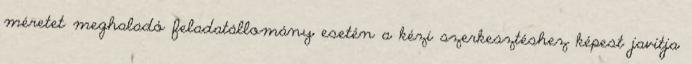
méretet meghaladó feladatállomány esetén a kézi szerkesztéshez képest javítja